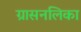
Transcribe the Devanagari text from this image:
ग्रासनलिका